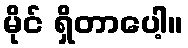
မိုင် ရှိတာပေါ့။